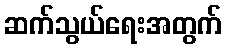
ဆက်သွယ်ရေးအတွက်